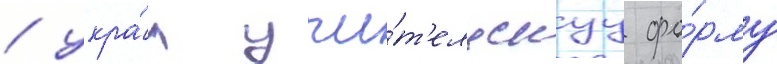
/ укра́л учи́т'ельскуу фо́рму